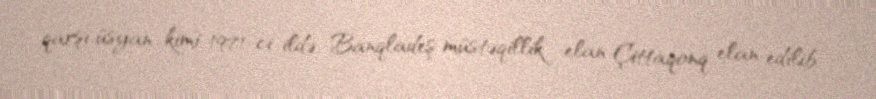
qarşı üsyan kimi 1971-ci ildə, Banqladeş müstəqillik elan Çittaqonq elan edilib.